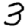
Digit: 3